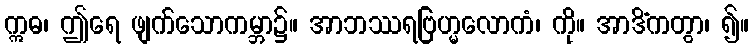
ဣဓ၊ ဤရေ ဖျက်သောကမ္ဘာ၌။ အာဘဿရဗြဟ္မလောကံ၊ ကို။ အာဒိံကတွာ၊ ၍။